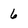
Character: 6